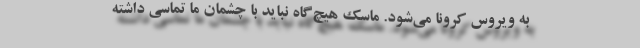
به ویروس کرونا می‌شود. ماسک هیچ‌گاه نباید با چشمان ما تماسی داشته